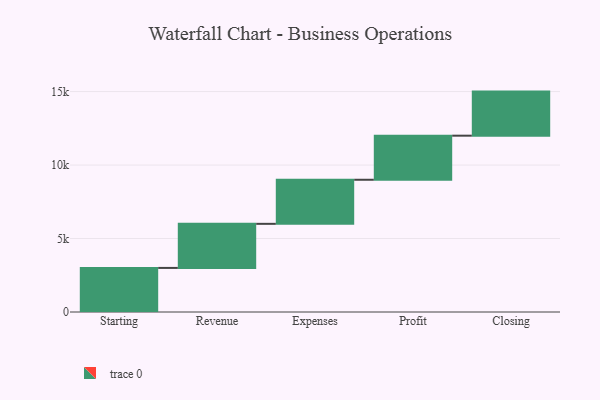
{"axis": {"x": "Step", "y": "Value"}, "legend": [""], "data": [{"x": "Starting", "y": 3000, "type": ""}, {"x": "Revenue", "y": 3000, "type": ""}, {"x": "Expenses", "y": 3000, "type": ""}, {"x": "Profit", "y": 3000, "type": ""}, {"x": "Closing", "y": 3000, "type": ""}]}